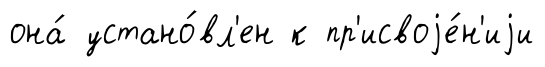
она́ устано́вл'ен к пр'исвоjе́н'иjи